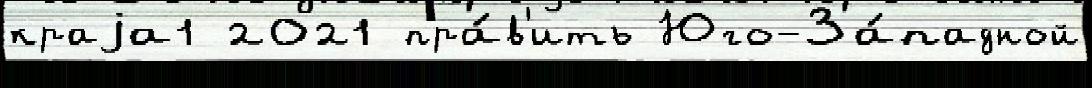
краjа1 2021 пра́в'ить Юго-За́падной